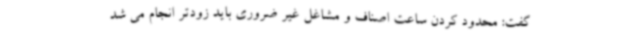
گفت: محدود کردن ساعت اصناف و مشاغل غیر ضروری باید زودتر انجام می شد